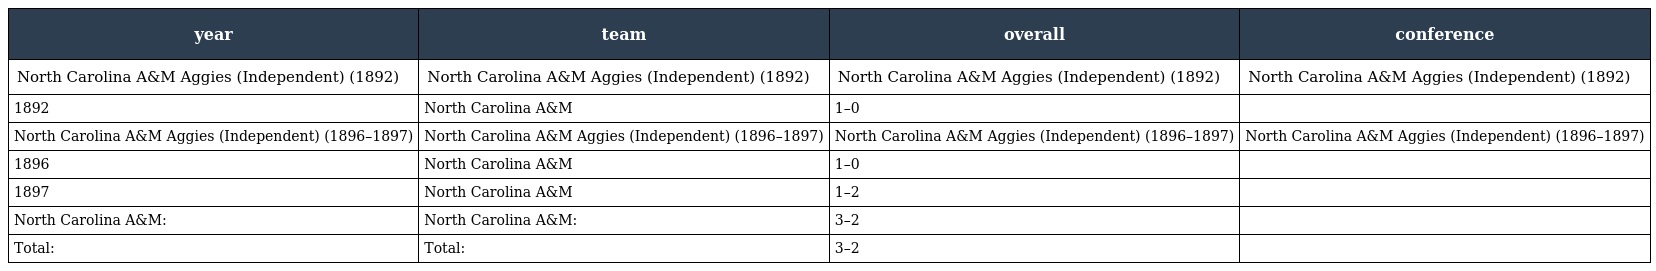
| year | team | overall | conference |
 | --- | --- | --- | --- |
 | North Carolina A&M Aggies (Independent) (1892) | North Carolina A&M Aggies (Independent) (1892) | North Carolina A&M Aggies (Independent) (1892) | North Carolina A&M Aggies (Independent) (1892) |
 | 1892 | North Carolina A&M | 1–0 |  |
 | North Carolina A&M Aggies (Independent) (1896–1897) | North Carolina A&M Aggies (Independent) (1896–1897) | North Carolina A&M Aggies (Independent) (1896–1897) | North Carolina A&M Aggies (Independent) (1896–1897) |
 | 1896 | North Carolina A&M | 1–0 |  |
 | 1897 | North Carolina A&M | 1–2 |  |
 | North Carolina A&M: | North Carolina A&M: | 3–2 |  |
 | Total: | Total: | 3–2 |  |